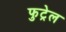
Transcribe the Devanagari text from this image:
फुट्रेल